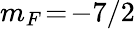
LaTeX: m_{F}\! =\! -7/2